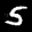
Label: 5